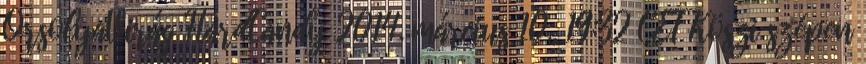
OrsolyaVirág HardCandy 2014. március 10., 19:32 CET Köszi szépen